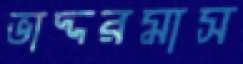
ভাদ্দরমাস